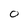
Character: O